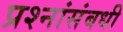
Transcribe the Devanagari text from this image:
प्रश्नांसंबधी